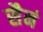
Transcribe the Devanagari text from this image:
सैनं